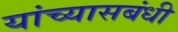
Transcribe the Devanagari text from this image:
यांच्यासबंधी